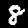
Digit: 8